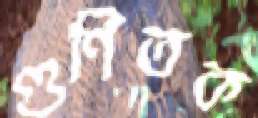
গুণিতক